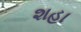
શહા